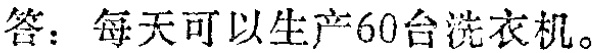
答：每天可以生产60台洗衣机。